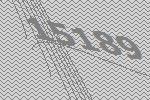
15189